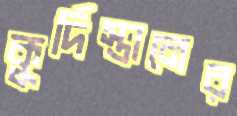
কুর্দিস্তানের